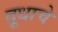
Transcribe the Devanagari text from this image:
दूधाचे